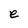
Character: e